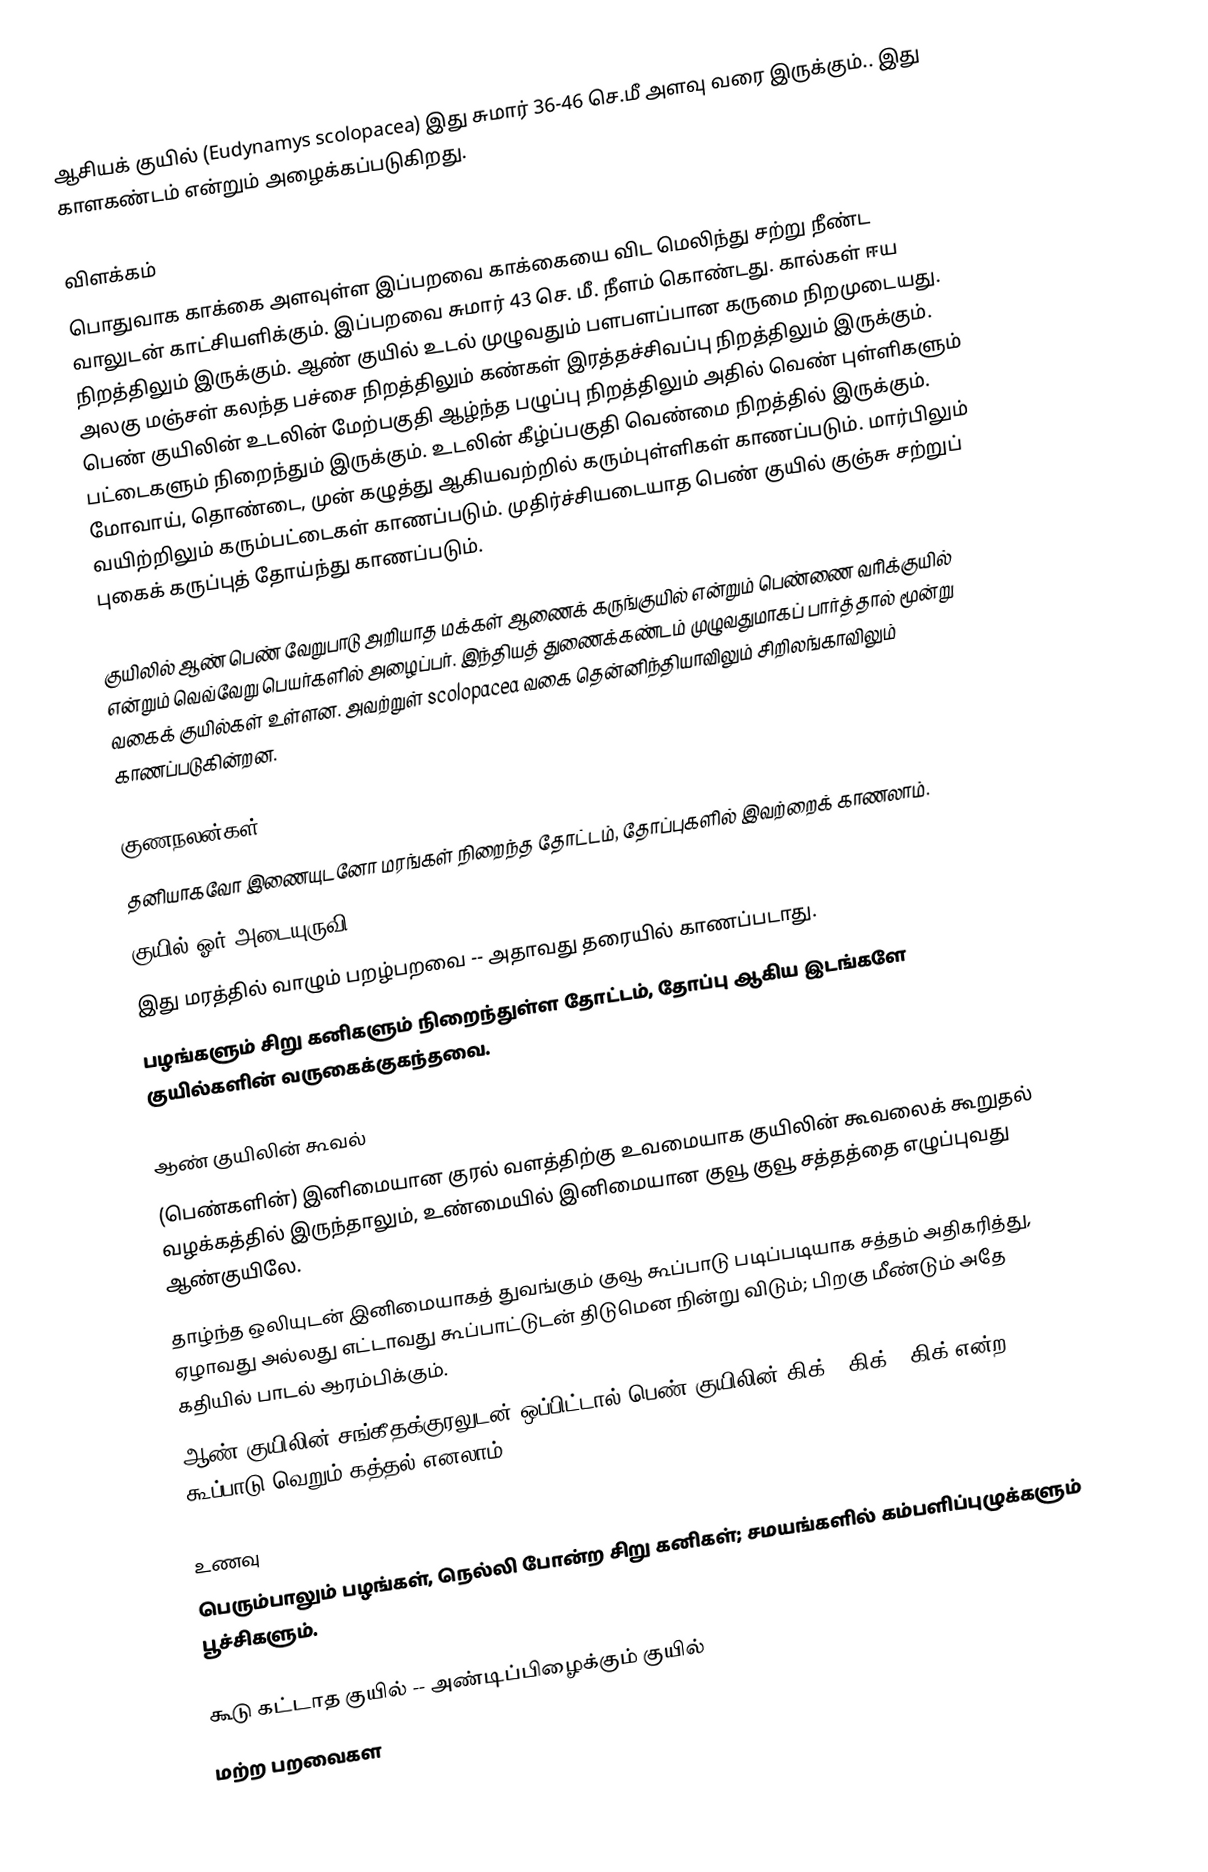
ஆசியக் குயில் (Eudynamys scolopacea) இது சுமார் 36-46 செ.மீ அளவு வரை இருக்கும்.. இது காளகண்டம் என்றும் அழைக்கப்படுகிறது.

விளக்கம்
பொதுவாக காக்கை அளவுள்ள இப்பறவை காக்கையை விட மெலிந்து சற்று நீண்ட வாலுடன் காட்சியளிக்கும். இப்பறவை சுமார் 43 செ. மீ. நீளம் கொண்டது. கால்கள் ஈய நிறத்திலும் இருக்கும். ஆண் குயில் உடல் முழுவதும் பளபளப்பான கருமை நிறமுடையது. அலகு மஞ்சள் கலந்த பச்சை நிறத்திலும் கண்கள் இரத்தச்சிவப்பு நிறத்திலும் இருக்கும். பெண் குயிலின் உடலின் மேற்பகுதி ஆழ்ந்த பழுப்பு நிறத்திலும் அதில் வெண் புள்ளிகளும் பட்டைகளும் நிறைந்தும் இருக்கும். உடலின் கீழ்ப்பகுதி வெண்மை நிறத்தில் இருக்கும். மோவாய், தொண்டை, முன் கழுத்து ஆகியவற்றில் கரும்புள்ளிகள் காணப்படும். மார்பிலும் வயிற்றிலும் கரும்பட்டைகள் காணப்படும். முதிர்ச்சியடையாத பெண் குயில் குஞ்சு சற்றுப் புகைக் கருப்புத் தோய்ந்து காணப்படும்.

குயிலில் ஆண் பெண் வேறுபாடு அறியாத மக்கள் ஆணைக் கருங்குயில் என்றும் பெண்ணை வரிக்குயில் என்றும் வெவ்வேறு பெயர்களில் அழைப்பர்.   இந்தியத் துணைக்கண்டம் முழுவதுமாகப் பார்த்தால் மூன்று வகைக் குயில்கள் உள்ளன. அவற்றுள் scolopacea வகை தென்னிந்தியாவிலும் சிறிலங்காவிலும் காணப்படுகின்றன.

குணநலன்கள்
 தனியாகவோ இணையுடனோ மரங்கள் நிறைந்த தோட்டம், தோப்புகளில் இவற்றைக் காணலாம்.
 குயில் ஓர் அடையுருவி ('brood parasite').
 இது மரத்தில் வாழும் பறழ்பறவை -- அதாவது தரையில் காணப்படாது.
 பழங்களும் சிறு கனிகளும் நிறைந்துள்ள தோட்டம், தோப்பு ஆகிய இடங்களே குயில்களின் வருகைக்குகந்தவை.

ஆண் குயிலின் கூவல்
 (பெண்களின்) இனிமையான குரல் வளத்திற்கு உவமையாக குயிலின் கூவலைக் கூறுதல் வழக்கத்தில் இருந்தாலும், உண்மையில் இனிமையான  குவூ குவூ  சத்தத்தை எழுப்புவது ஆண்குயிலே.
 தாழ்ந்த ஒலியுடன் இனிமையாகத் துவங்கும்  குவூ  கூப்பாடு படிப்படியாக சத்தம் அதிகரித்து, ஏழாவது அல்லது எட்டாவது கூப்பாட்டுடன் திடுமென நின்று விடும்; பிறகு மீண்டும் அதே கதியில் பாடல் ஆரம்பிக்கும்.
 ஆண் குயிலின் சங்கீதக்குரலுடன் ஒப்பிட்டால் பெண் குயிலின்  கிக் - கிக் - கிக்  என்ற கூப்பாடு வெறும் கத்தல் எனலாம்.

உணவு
பெரும்பாலும் பழங்கள், நெல்லி போன்ற சிறு கனிகள்; சமயங்களில் கம்பளிப்புழுக்களும் பூச்சிகளும்.

கூடு கட்டாத குயில் -- அண்டிப்பிழைக்கும் குயில்
மற்ற பறவைகள